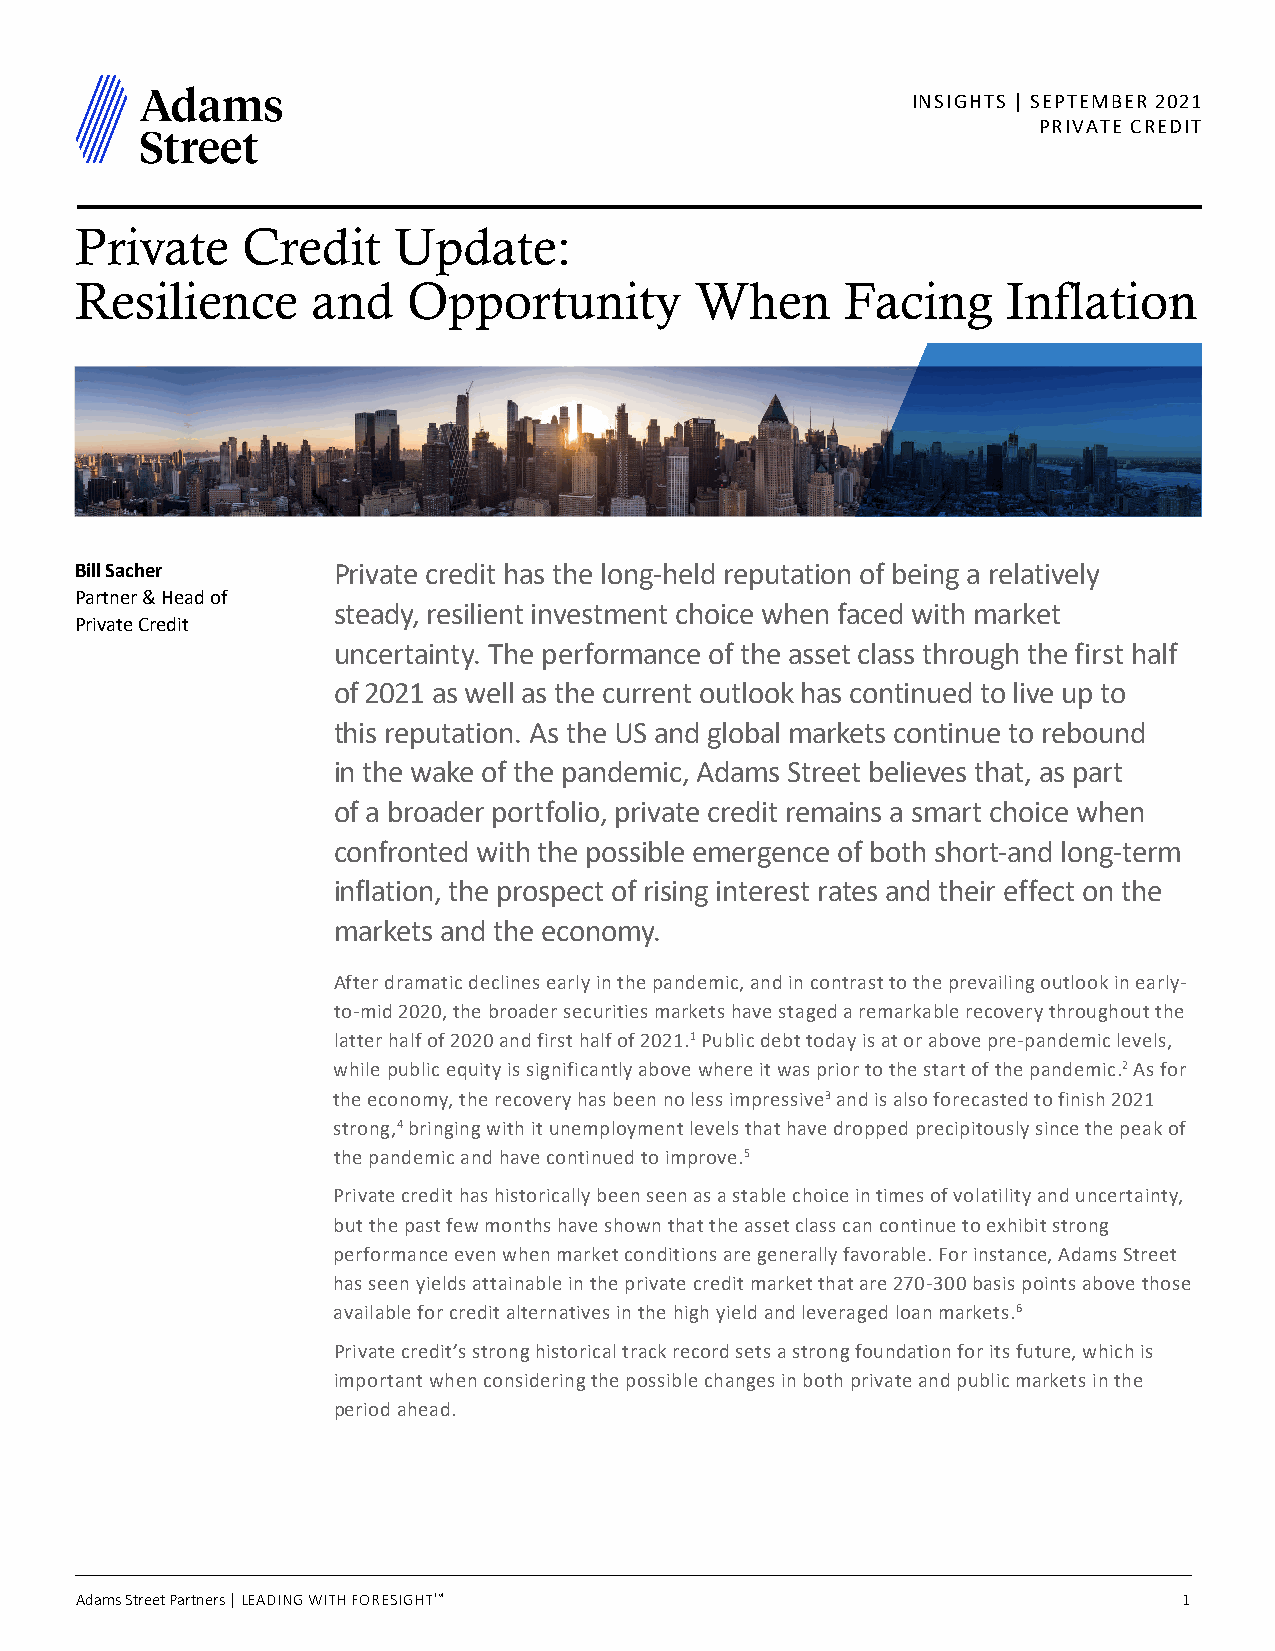
INSIGHTS | SEPTEMBER 2021
 PRIVATE CREDIT
 Private    Credit    Update:
 Resilience      and   Opportunity        When      Facing     Inflation
 Bill Sacher      Private credit has the long-held reputation of being a relatively
 Partner & Head of
 steady, resilient investment choice when faced with market
 Private Credit
 uncertainty. The performance of the asset class through the first half
 of 2021 as well as the current outlook has continued to live up to
 this reputation. As the US and global markets continue to rebound
 in the wake of the pandemic, Adams Street believes that, as part
 of a broader portfolio, private credit remains a smart choice when
 confronted with the possible emergence of both short-and long-term
 inflation, the prospect of rising interest rates and their effect on the
 markets and the economy.
 After dramatic declines early in the pandemic, and in contrast to the prevailing outlook in early-
 to-mid 2020, the broader securities markets have staged a remarkable recovery throughout the
 latter half of 2020 and first half of 2021.1 Public debt today is at or above pre-pandemic levels,
 while public equity is significantly above where it was prior to the start of the pandemic.2 As for
 the economy, the recovery has been no less impressive3 and is also forecasted to finish 2021
 strong,4 bringing with it unemployment levels that have dropped precipitously since the peak of
 the pandemic and have continued to improve.5
 Private credit has historically been seen as a stable choice in times of volatility and uncertainty,
 but the past few months have shown that the asset class can continue to exhibit strong
 performance even when market conditions are generally favorable. For instance, Adams Street
 has seen yields attainable in the private credit market that are 270-300 basis points above those
 available for credit alternatives in the high yield and leveraged loan markets.6
 Private credit’s strong historical track record sets a strong foundation for its future, which is
 important when considering the possible changes in both private and public markets in the
 period ahead.
 Adams Street Partners | LEADING WITH FORESIGHT TM                        1